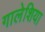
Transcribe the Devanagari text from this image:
गालेशिया